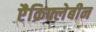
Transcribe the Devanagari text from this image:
एैक्रिफ्लेबीन